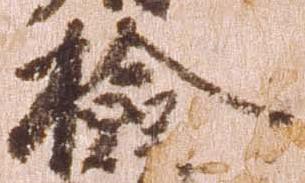
検